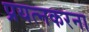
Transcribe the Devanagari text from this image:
प्रयत्नकरना